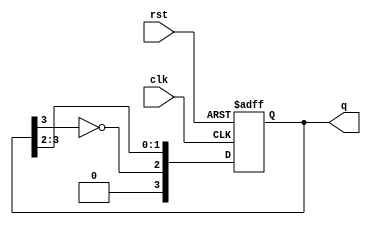
module johnson_counter #(
    parameter N = 4  // Number of flip-flops
)(
    input wire clk,      // Clock input
    input wire rst,      // Asynchronous reset
    output reg [N-1:0] q // Counter output
);

    // Always block triggered on the rising edge of the clock or reset
    always @(posedge clk or posedge rst) begin
        if (rst) begin
            // When reset is high, initialize the counter to zero
            q <= 0;
        end else begin
            // Johnson Counter feedback mechanism
            q <= { ~q[N-1], q[N-1:N-2] }; // Shift and feedback the inverted output of the last flip-flop
        end
    end
endmodule